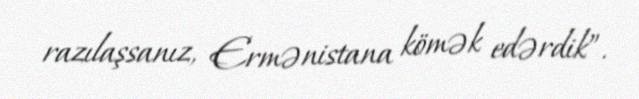
razılaşsanız, Ermənistana kömək edərdik”.